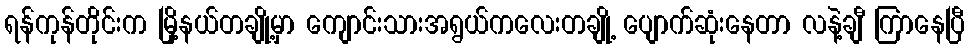
ရန်ကုန်တိုင်းက မြို့နယ်တချို့မှာ ကျောင်းသားအရွယ်ကလေးတချို့ ပျောက်ဆုံးနေတာ လနဲ့ချီ ကြာနေပြီ